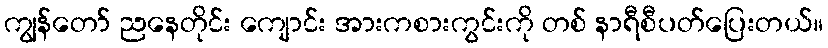
ကျွန်တော် ညနေတိုင်း ကျောင်း အားကစားကွင်းကို တစ် နာရီစီပတ်ပြေးတယ်။